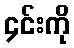
၄င်းကို